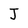
Character: J